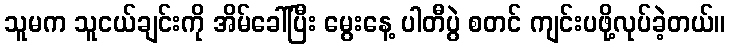
သူမက သူငယ်ချင်းကို အိမ်ခေါ်ပြီး မွေးနေ့ ပါတီပွဲ စတင် ကျင်းပဖို့လုပ်ခဲ့တယ်။